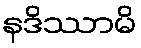
နဒိဿာမိ